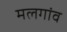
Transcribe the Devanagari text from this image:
मलगांव